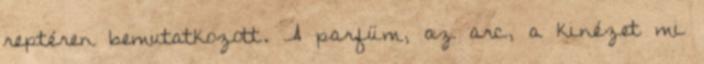
reptéren bemutatkozott. A parfüm, az arc, a kinézet mi